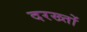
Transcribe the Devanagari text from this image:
दरख्तों